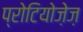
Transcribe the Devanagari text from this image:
प्रोटियोज़ेज़